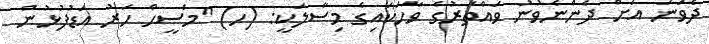
ދެވަނަ އަށް ދެންނެވުނު ވައްތަރުގެ ވާހަކައިގެ މިސާލަކީ: (ހ) "މަސީޙް ހަރު އަޑުފުޅުން